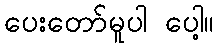
ပေးတော်မူပါ ပေါ့။